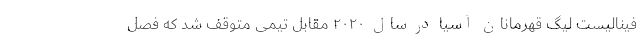
فینالیست لیگ قهرمانان آسیا در سال ۲۰۲۰ مقابل تیمی متوقف شد که فصل